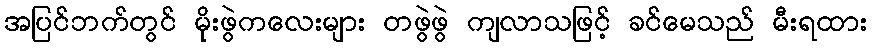
အပြင်ဘက်တွင် မိုးဖွဲကလေးများ တဖွဲဖွဲ ကျလာသဖြင့် ခင်မေသည် မီးရထား